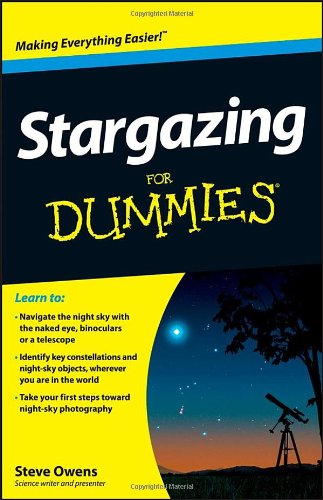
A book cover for Stargazing For Dummies; Steve Owens; Science & Math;